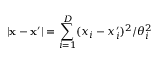
| \mathbf { x } - \mathbf { x } ^ { \prime } | = \sum _ { i = 1 } ^ { D } ( x _ { i } - x _ { i } ^ { \prime } ) ^ { 2 } / \theta _ { i } ^ { 2 }